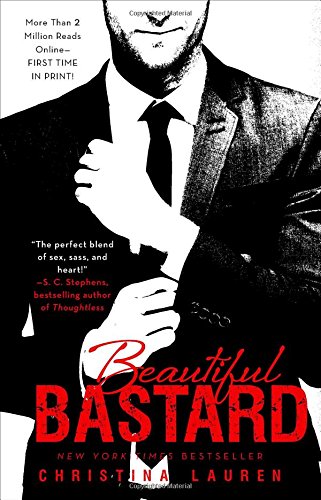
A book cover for Beautiful Bastard (The Beautiful Series); Christina Lauren; Romance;